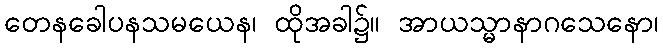
တေနခေါပနသမယေန၊ ထိုအခါ၌။ အာယသ္မာနာဂသေနော၊